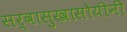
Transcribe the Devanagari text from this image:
सर्वासुखासोयीनी